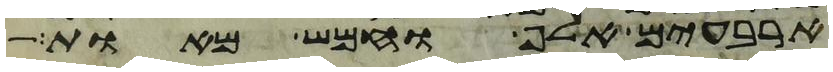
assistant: ארבעים אלף וחמש מאות